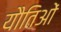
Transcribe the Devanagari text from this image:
यौतिओं